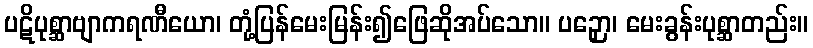
ပဋိပုစ္ဆာဗျာကရဏီယော၊ တုံ့ပြန်မေးမြန်း၍ဖြေဆိုအပ်သော။ ပဉှော၊ မေးခွန်းပုစ္ဆာတည်း။